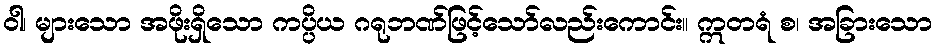
ဝါ၊ များသော အဖိုးရှိသော ကပ္ပိယ ဂရုဘဏ်ဖြင့်သော်လည်းကောင်း။ ဣတရံ စ၊ အခြားသော